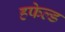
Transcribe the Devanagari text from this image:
हफेल्ड